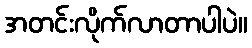
အတင်းလိုက်လာတာပါပဲ။